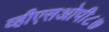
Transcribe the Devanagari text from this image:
व्हीएसओपी८७